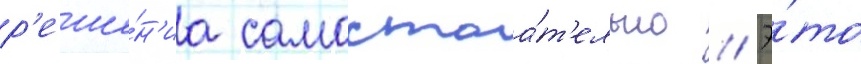
р'еше́н'иа самостоа́т'ельно // Э́то